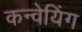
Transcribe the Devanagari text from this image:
कन्वेयिंग